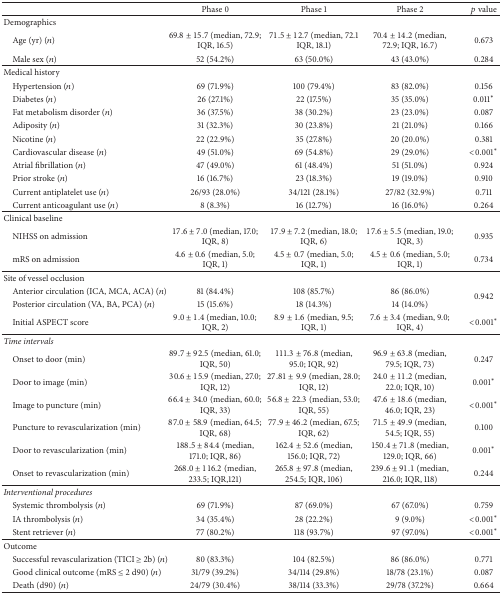
<table><thead><tr><td><b> </b></td><td><b>Phase 0</b></td><td><b>Phase 1</b></td><td><b>Phase 2</b></td><td><b><i>p</i> value</b></td></tr></thead><tbody><tr><td>Demographics</td><td colspan="4"> </td></tr><tr><td> Age (yr) (<i>n</i>)</td><td>69.8 ± 15.7 (median, 72.9; IQR, 16.5)</td><td>71.5 ± 12.7 (median, 72.1 IQR, 18.1)</td><td>70.4 ± 14.2 (median, 72.9; IQR, 16.7)</td><td>0.673</td></tr><tr><td> Male sex (<i>n</i>)</td><td>52 (54.2%)</td><td>63 (50.0%)</td><td>43 (43.0%)</td><td>0.284</td></tr><tr><td>Medical history</td><td colspan="3"> </td><td> </td></tr><tr><td> Hypertension (<i>n</i>)</td><td>69 (71.9%)</td><td>100 (79.4%)</td><td>83 (82.0%)</td><td>0.156</td></tr><tr><td> Diabetes (<i>n</i>)</td><td>26 (27.1%)</td><td>22 (17.5%)</td><td>35 (35.0%)</td><td>0.011<sup><i>∗</i></sup></td></tr><tr><td> Fat metabolism disorder (<i>n</i>)</td><td>36 (37.5%)</td><td>38 (30.2%)</td><td>23 (23.0%)</td><td>0.087</td></tr><tr><td> Adiposity (<i>n</i>)</td><td>31 (32.3%)</td><td>30 (23.8%)</td><td>21 (21.0%)</td><td>0.166</td></tr><tr><td> Nicotine (<i>n</i>)</td><td>22 (22.9%)</td><td>35 (27.8%)</td><td>20 (20.0%)</td><td>0.381</td></tr><tr><td> Cardiovascular disease (<i>n</i>)</td><td>49 (51.0%)</td><td>69 (54.8%)</td><td>29 (29.0%)</td><td>&lt;0.001<sup><i>∗</i></sup></td></tr><tr><td> Atrial fibrillation (<i>n</i>)</td><td>47 (49.0%)</td><td>61 (48.4%)</td><td>51 (51.0%)</td><td>0.924</td></tr><tr><td> Prior stroke (<i>n</i>)</td><td>16 (16.7%)</td><td>23 (18.3%)</td><td>19 (19.0%)</td><td>0.910</td></tr><tr><td> Current antiplatelet use (<i>n</i>)</td><td>26/93 (28.0%)</td><td>34/121 (28.1%)</td><td>27/82 (32.9%)</td><td>0.711</td></tr><tr><td> Current anticoagulant use (<i>n</i>)</td><td>8 (8.3%)</td><td>16 (12.7%)</td><td>16 (16.0%)</td><td>0.264</td></tr><tr><td>Clinical baseline</td><td colspan="3"> </td><td> </td></tr><tr><td> NIHSS on admission</td><td>17.6 ± 7.0 (median, 17.0; IQR, 8)</td><td>17.9 ± 7.2 (median, 18.0; IQR, 6)</td><td>17.6 ± 5.5 (median, 19.0; IQR, 3)</td><td>0.935</td></tr><tr><td> mRS on admission</td><td>4.6 ± 0.6 (median, 5.0; IQR, 1)</td><td>4.5 ± 0.7 (median, 5.0; IQR, 1)</td><td>4.5 ± 0.6 (median, 5.0; IQR, 1)</td><td>0.734</td></tr><tr><td>Site of vessel occlusion</td><td colspan="3"> </td><td> </td></tr><tr><td> Anterior circulation (ICA, MCA, ACA) (<i>n</i>)</td><td>81 (84.4%)</td><td>108 (85.7%)</td><td>86 (86.0%)</td><td rowspan="2">0.942</td></tr><tr><td> Posterior circulation (VA, BA, PCA) (<i>n</i>)</td><td>15 (15.6%)</td><td>18 (14.3%)</td><td>14 (14.0%)</td></tr><tr><td> Initial ASPECT score</td><td>9.0 ± 1.4 (median, 10.0; IQR, 2)</td><td>8.9 ± 1.6 (median, 9.5; IQR, 1)</td><td>7.6 ± 3.4 (median, 9.0; IQR, 4)</td><td>&lt;0.001<sup><i>∗</i></sup></td></tr><tr><td><i>Time intervals</i></td><td colspan="3"> </td><td> </td></tr><tr><td> Onset to door (min)</td><td>89.7 ± 92.5 (median, 61.0; IQR, 50)</td><td>111.3 ± 76.8 (median, 95.0; IQR, 92)</td><td>96.9 ± 63.8 (median, 79.5; IQR, 73)</td><td>0.247</td></tr><tr><td> Door to image (min)</td><td>30.6 ± 15.9 (median, 27.0; IQR, 12)</td><td>27.81 ± 9.9 (median, 28.0; IQR, 12)</td><td>24.0 ± 11.2 (median, 22.0; IQR, 10)</td><td>0.001<sup><i>∗</i></sup></td></tr><tr><td> Image to puncture (min)</td><td>66.4 ± 34.0 (median, 60.0; IQR, 33)</td><td>56.8 ± 22.3 (median, 53.0; IQR, 55)</td><td>47.6 ± 18.6 (median, 46.0; IQR, 23)</td><td>&lt;0.001<sup><i>∗</i></sup></td></tr><tr><td> Puncture to revascularization (min)</td><td>87.0 ± 58.9 (median, 64.5; IQR, 68)</td><td>77.9 ± 46.2 (median, 67.5; IQR, 62)</td><td>71.5 ± 49.9 (median, 54.5; IQR, 55)</td><td>0.100</td></tr><tr><td> Door to revascularization (min)</td><td>188.5 ± 84.4 (median, 171.0; IQR, 86)</td><td>162.4 ± 52.6 (median, 156.0; IQR, 72)</td><td>150.4 ± 71.8 (median, 129.0; IQR, 66)</td><td>0.001<sup><i>∗</i></sup></td></tr><tr><td> Onset to revascularization (min)</td><td>268.0 ± 116.2 (median, 233.5; IQR,121)</td><td>265.8 ± 97.8 (median, 254.5; IQR, 106)</td><td>239.6 ± 91.1 (median, 216.0; IQR, 118)</td><td>0.244</td></tr><tr><td><i>Interventional procedures</i></td><td colspan="3"> </td><td> </td></tr><tr><td> Systemic thrombolysis (<i>n</i>)</td><td>69 (71.9%)</td><td>87 (69.0%)</td><td>67 (67.0%)</td><td>0.759</td></tr><tr><td> IA thrombolysis (<i>n</i>)</td><td>34 (35.4%)</td><td>28 (22.2%)</td><td>9 (9.0%)</td><td>&lt;0.001<sup><i>∗</i></sup></td></tr><tr><td> Stent retriever (<i>n</i>)</td><td>77 (80.2%)</td><td>118 (93.7%)</td><td>97 (97.0%)</td><td>&lt;0.001<sup><i>∗</i></sup></td></tr><tr><td>Outcome</td><td colspan="3"> </td><td> </td></tr><tr><td> Successful revascularization (TICI ≥ 2b) (<i>n</i>)</td><td>80 (83.3%)</td><td>104 (82.5%)</td><td>86 (86.0%)</td><td>0.771</td></tr><tr><td> Good clinical outcome (mRS ≤ 2 d90) (<i>n</i>)</td><td>31/79 (39.2%)</td><td>34/114 (29.8%)</td><td>18/78 (23.1%)</td><td>0.087</td></tr><tr><td> Death (d90) (<i>n</i>)</td><td>24/79 (30.4%)</td><td>38/114 (33.3%)</td><td>29/78 (37.2%)</td><td>0.664</td></tr></tbody></table>